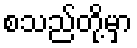
စသည်တို့မှာ